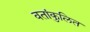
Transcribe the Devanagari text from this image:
वतांकुलित